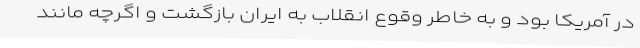
در آمریکا بود و به خاطر وقوع انقلاب به ایران بازگشت و اگرچه مانند